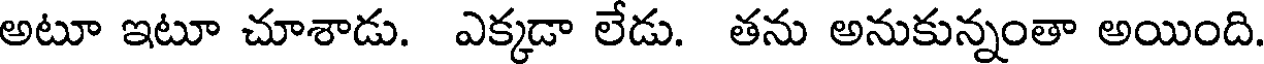
అటూ ఇటూ చూశాడు. ఎక్కడా లేడు. తను అనుకున్నంతా అయింది